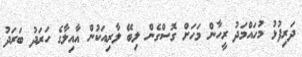
ދަރިފުޅު މުހައްމަދު ރީހާން މަހަށް ގޮސްގެން ލިބޭ ލާރިއަކުން އާއިލާގެ ހަރަދު ބަރަދު